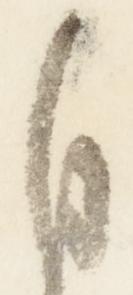
自